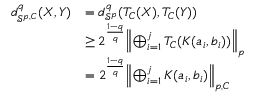
\begin{array} { r l } { d _ { \mathcal { S } ^ { p , C } } ^ { q } ( X , Y ) } & { = d _ { \mathcal { S } ^ { p } } ^ { q } ( T _ { C } ( X ) , T _ { C } ( Y ) ) } \\ & { \ge 2 ^ { \frac { 1 - q } { q } } \textstyle { \left\| \bigoplus _ { i = 1 } ^ { j } T _ { C } ( K ( a _ { i } , b _ { i } ) ) \right\| _ { p } } } \\ & { = 2 ^ { \frac { 1 - q } { q } } \textstyle { \left\| \bigoplus _ { i = 1 } ^ { j } K ( a _ { i } , b _ { i } ) \right\| _ { p , C } } } \end{array}